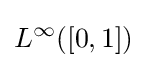
L^{\infty }([0,1])